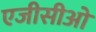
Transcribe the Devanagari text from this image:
एजीसीओ